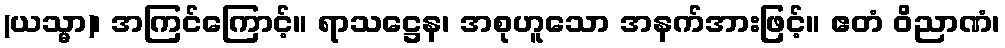
(ယသ္မာ)၊ အကြင်ကြောင့်။ ရာသဋ္ဌေန၊ အစုဟူသော အနက်အားဖြင့်။ ဧတံ ဝိညာဏံ၊